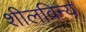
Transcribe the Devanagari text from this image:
शीलविन्य